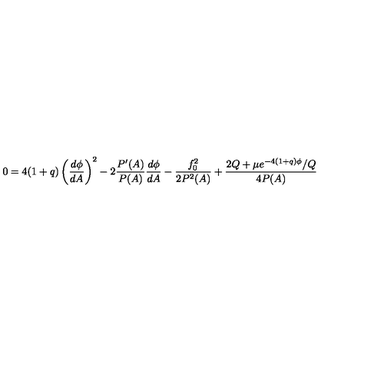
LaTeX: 0 = 4 ( 1 + q ) \left( \frac { d \phi } { d A } \right) ^ { 2 } - 2 \frac { P ^ { \prime } ( A ) } { P ( A ) } \frac { d \phi } { d A } - \frac { f _ { 0 } ^ { 2 } } { 2 P ^ { 2 } ( A ) } + \frac { 2 Q + \mu e ^ { - 4 ( 1 + q ) \phi } / Q } { 4 P ( A ) }